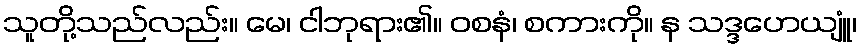
သူတို့သည်လည်း။ မေ၊ ငါဘုရား၏။ ဝစနံ၊ စကားကို။ န သဒ္ဒဟေယျူံ၊